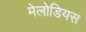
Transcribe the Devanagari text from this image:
मेलोडियस